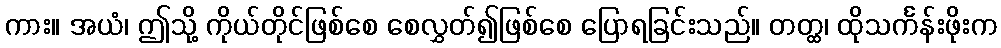
ကား။ အယံ၊ ဤသို့ ကိုယ်တိုင်ဖြစ်စေ စေလွှတ်၍ဖြစ်စေ ပြောရခြင်းသည်။ တတ္ထ၊ ထိုသင်္ကန်းဖိုးက